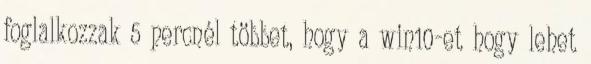
foglalkozzak 5 percnél többet, hogy a win10-et hogy lehet